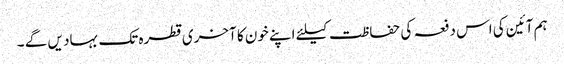
ہم آئین کی اس دفعہ کی حفاظت کیلئے اپنے خون کا آخری قطرہ تک بہاد یں گے ۔